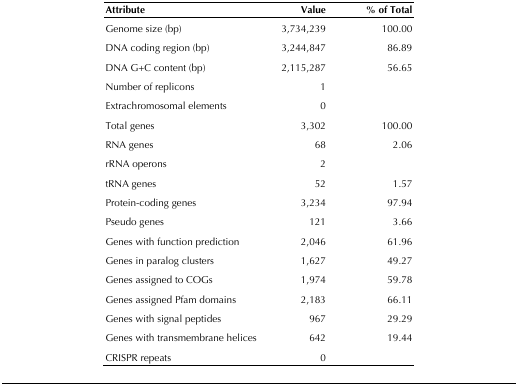
<table><thead><tr><td><b>Attribute</b></td><td><b>Value</b></td><td><b>% of Total</b></td></tr></thead><tbody><tr><td>Genome size (bp)</td><td>3,734,239</td><td>100.00</td></tr><tr><td>DNA coding region (bp)</td><td>3,244,847</td><td>86.89</td></tr><tr><td>DNA G+C content (bp)</td><td>2,115,287</td><td>56.65</td></tr><tr><td>Number of replicons</td><td>1</td><td></td></tr><tr><td>Extrachromosomal elements</td><td>0</td><td></td></tr><tr><td>Total genes</td><td>3,302</td><td>100.00</td></tr><tr><td>RNA genes</td><td>68</td><td>2.06</td></tr><tr><td>rRNA operons</td><td>2</td><td></td></tr><tr><td>tRNA genes</td><td>52</td><td>1.57</td></tr><tr><td>Protein-coding genes</td><td>3,234</td><td>97.94</td></tr><tr><td>Pseudo genes</td><td>121</td><td>3.66</td></tr><tr><td>Genes with function prediction</td><td>2,046</td><td>61.96</td></tr><tr><td>Genes in paralog clusters</td><td>1,627</td><td>49.27</td></tr><tr><td>Genes assigned to COGs</td><td>1,974</td><td>59.78</td></tr><tr><td>Genes assigned Pfam domains</td><td>2,183</td><td>66.11</td></tr><tr><td>Genes with signal peptides</td><td>967</td><td>29.29</td></tr><tr><td>Genes with transmembrane helices</td><td>642</td><td>19.44</td></tr><tr><td>CRISPR repeats</td><td>0</td><td></td></tr></tbody></table>